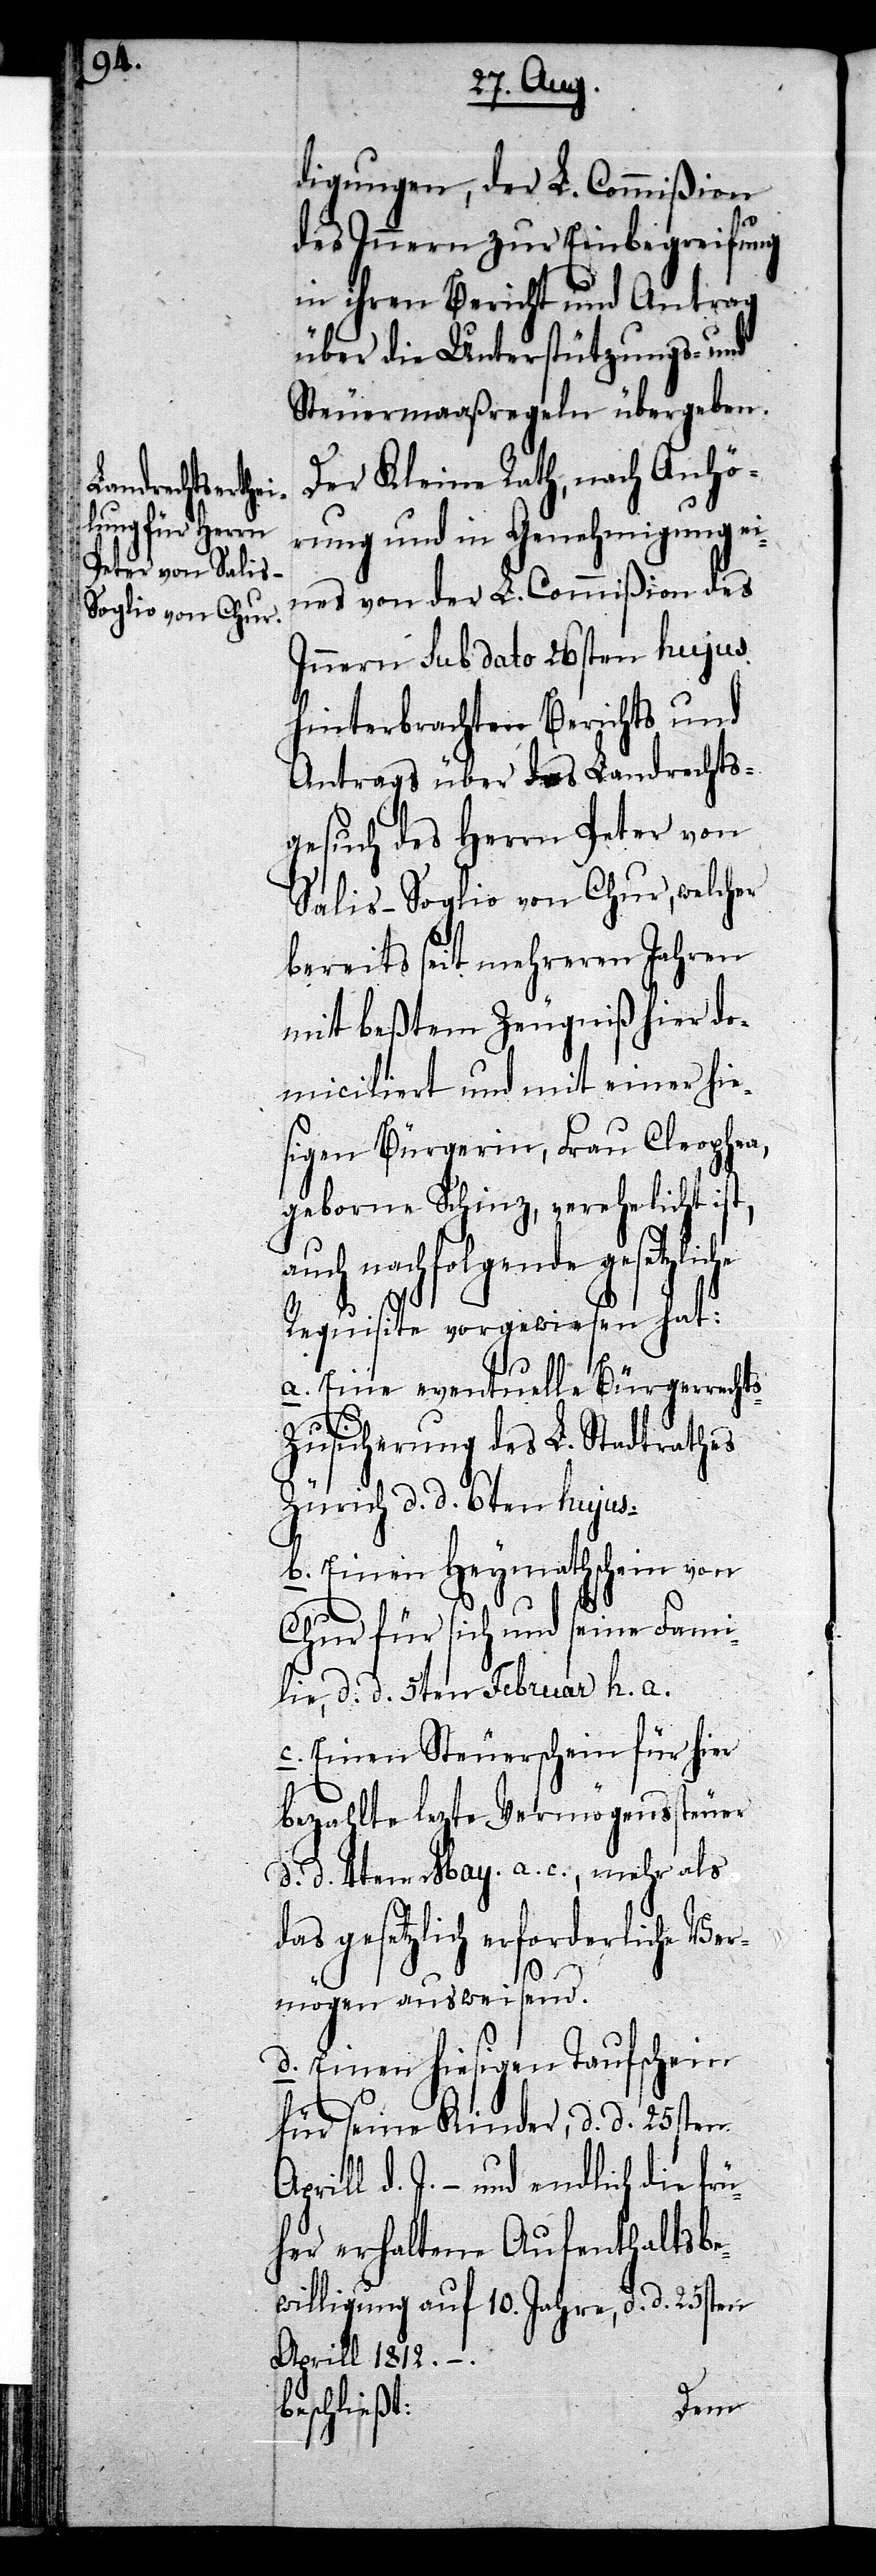
s-Z¬

digungen, der L. Commißion
des Innern zur Einbegreifung
in ihren Bericht und Antrag
über die Unterstützungs- und
Steuermaaßregeln übergeben.
Der Kleine Rath, nach Anhö¬
rung und in Genehmigung ei¬
nes von der L. Commißion des
Innern sub dato 26sten hujus
hinterbrachten Berichts und
Antrags über das Landrechts¬
gesuch des Herrn Peter von
Salis-Soglio von Chur, welcher
bereits seit mehreren Jahren
mit beßtem Zeugniß hier do¬
miciliert und mit einer hie¬
sigen Bürgerin, Frau Cleophea,
geborne Schinz, verehelicht ist,
auch nachfolgende gesetzliche
Requisite vorgewiesen hat:
a. Eine eventuelle Bürgerrecht¬
usicherung des L. Stadtrathes
Zürich d. d. 6ten hujus.
b. Einen Heymathschein von
Chur für sich und seine Fami¬
lie, d. d. 5ten Februar h. a.
c. Einen Steuerschein für hier
bezahlte lezte Vermögenssteuer
d. d. 4ten May. a. c., mehr als
gesetzlich erforderliche Ve¬
rmögen ausweisend.
d. Einen hiesigen Taufschein
für seine Kinder, d. d. 25sten
d. J. – und endlich die frü¬
her erhaltene Aufenthaltsbe¬
willigung auf 10. Jahre, d. d. 25sten
Aprill 1812. – .
beschließt: